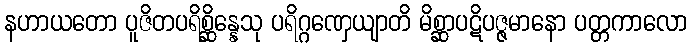
နဟာယတော ပူဇိတပရိစ္ဆိန္နေသု ပရိဂ္ဂဏှေယျာတိ မိစ္ဆာပဋိပဇ္ဇမာနော ပတ္တကာလော